Plague in India, 1896, 1897 - Volume 2
Year: 1896
Disease focus: Plague
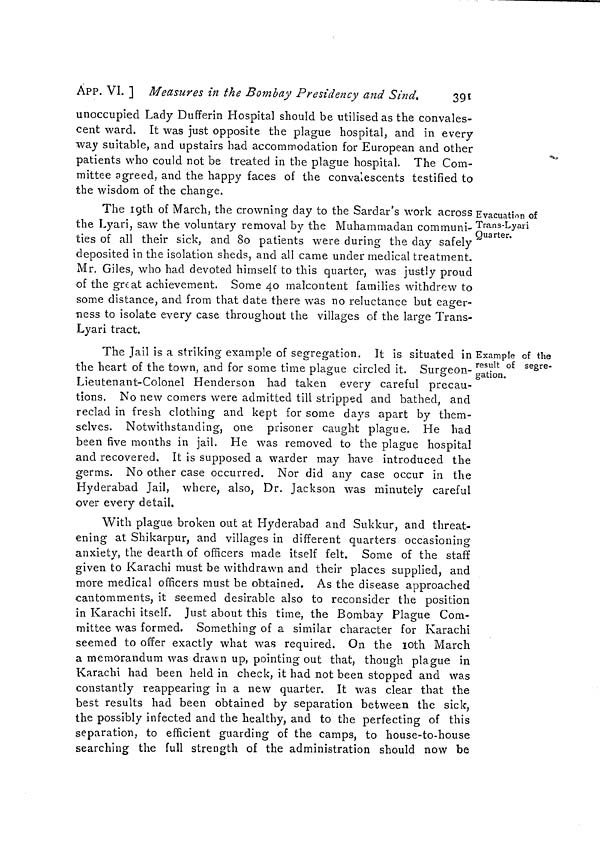
ÀPP. VI. ] Measures in the Bombay Presidency and Sind,
391
unoccupied Lady Dufferin Hospital should be utilised as the convales-
cent ward. It was just opposite the plague hospital, and in every
way suitable, and upstairs had accommodation for European and other
patients who could not be treated in the plague hospital. The Com-
mittee agreed, and the happy faces of the convalescents testified to
the wisdom of the change.
Evacuation of
Trans-Lyari
Quarter.
The 19th of March, the crowning day to the Sardar's work across
the Lyari, saw the voluntary removal by the Muhammadan communi-
ties of all their sick, and So patients were during the day safely
deposited in the isolation sheds, and all came under medical treatment.
Mr. Giles, who had devoted himself to this quarter, was justly proud
of the great achievement. Some 40 malcontent families withdrew to
some distance, and from that date there was no reluctance but eager-
ness to isolate every case throughout the villages of the large Trans-
Lyari tract.
Example of the
result of segre-
gation.
The Jail is a striking example of segregation. It is situated in
the heart of the town, and for some time plague circled it. Surgeon-
Lieutenant-Colonel Henderson had taken every careful precau-
tions. No new comers were admitted till stripped and bathed, and
reclad in fresh clothing and kept for some days apart by them-
selves. Notwithstanding, one prisoner caught plague. He had
been five months in jail. He was removed to the plague hospital
and recovered. It is supposed a warder may have introduced the
germs. No other case occurred. Nor did any case occur in the
Hyderabad Jail, where, also, Dr. Jackson was minutely careful
over every detail.
With plague broken out at Plyderabad and Sukkur, and threat-
ening at Shikarpur, and villages in different quarters occasioning
anxiety, the dearth of officers made itself felt. Some of the staff
given to Karachi must be withdrawn and their places supplied, and
more medical officers must be obtained. As the disease approached
cantomments, it seemed desirable also to reconsider the position
in Karachi itself. Just about this time, the Bombay Plague Com-
mittee was formed, Something of a similar character for Karachi
seemed to offer exactly what was required. On the loth March
a memorandum was drawn up, pointing out that, though plague in
Karachi had been held in check, it had not been stopped and was
constantly reappearing in a new quarter. It was clear that the
best results had been obtained by separation between the sick,
the possibly infected and the healthy, and to the perfecting of this
separation, to efficient guarding of the camps, to house-to-house
searching the full strength of the administration should now be